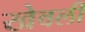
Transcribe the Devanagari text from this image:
खेवली